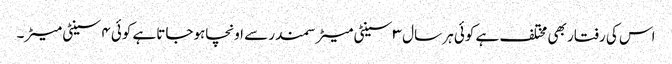
اس کی رفتار بھی مختلف ہے کوئی ہر سال ۳ سینٹی میٹرسمندر سے اونچاہوجاتاہے کوئی ۴ سینٹی میٹر۔